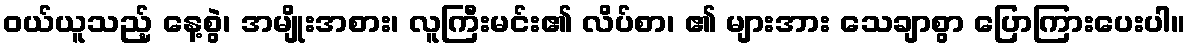
ဝယ်ယူသည့် နေ့စွဲ၊ အမျိုးအစား၊ လူကြီးမင်း၏ လိပ်စာ၊ ၏ များအား သေချာစွာ ပြောကြားပေးပါ။